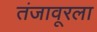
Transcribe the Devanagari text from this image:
तंजावूरला